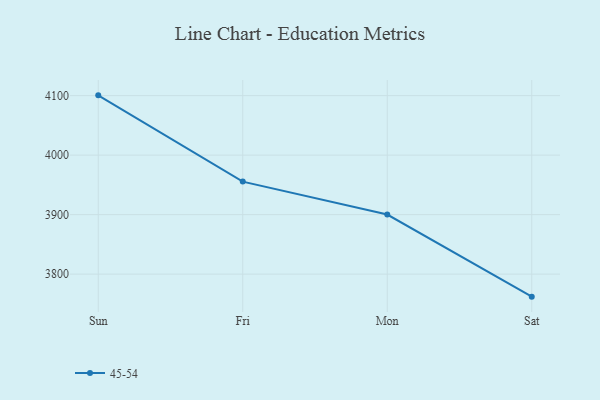
{"axis": {"x": "Day", "y": "Conversion Rate (%)"}, "legend": ["45-54"], "data": [{"x": "Sun", "y": 4100.5, "type": "45-54"}, {"x": "Fri", "y": 3955.5, "type": "45-54"}, {"x": "Mon", "y": 3900.1, "type": "45-54"}, {"x": "Sat", "y": 3762.1, "type": "45-54"}]}